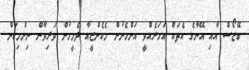
ބޭޒޯސް އާއި އޭނާގެ އެތައް އަހަރެއްވީ އަންހެނުން މެކެންޒީއާ ދެމީހުން ވަރިވާން ނިންމިކަން